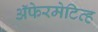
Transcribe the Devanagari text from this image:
ॲफेरमेटिव्ह